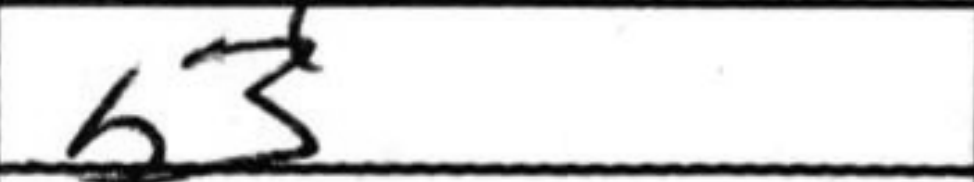
Transcription: b3